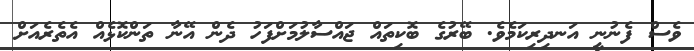
ވެސް ފެނުނީ އަނދިރިކަމެވެ. ބޭރުގެ ބޮކިތައް ޖައްސާލުމަށްފަހު ދެން އޭނާ ތަންކޮޅެއް އެތެރެއަށް